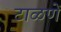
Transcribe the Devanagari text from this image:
टाळणें